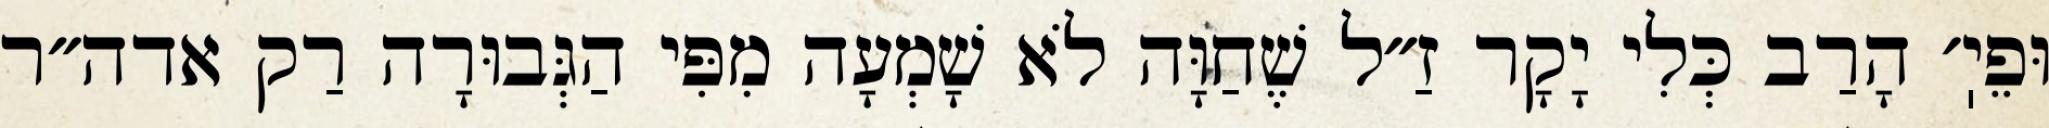
וּפֵיֽ׳ הָרַב כְּלִי יָקָר זַ״ל שֶׁחַוָּה לֹא שָׁמְעָה מִפִּי הַגְּבוּרָה רַק אדה״ר